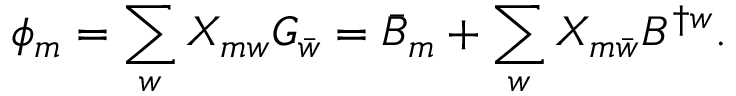
\phi _ { m } = \sum _ { w } X _ { m w } G _ { \bar { w } } = \bar { B } _ { m } + \sum _ { w } X _ { m \bar { w } } B ^ { \dagger w } .